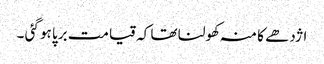
اژدھے کا منہ کھولنا تھا کہ قیامت برپا ہو گئی ۔